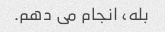
بله، انجام می دهم.